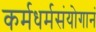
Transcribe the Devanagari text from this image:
कर्मधर्मसंयोगानं